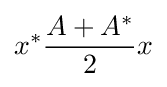
x^{*}{\frac {A+A^{*}}{2}}x